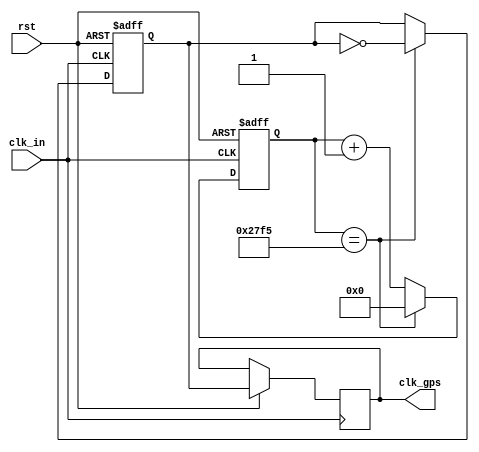
module clk_generater2 (clk_in,rst,clk_gps);

input clk_in;   //1.023MHz 
input rst;
output reg clk_gps; //50Hz 
reg clk_reg;

reg [19:0] count1;

always @ (posedge clk_in or negedge rst)
begin
	if (!rst)
		begin
			count1 <= 0;
			clk_reg <= 0;
		end
		else begin
	if (count1 == 10229)//
		begin
			count1 <= 0;
			clk_reg <= ~clk_reg;
		end
	else begin
			count1 <= count1+20'h1;
			clk_reg <= clk_reg;
	end
	clk_gps <= clk_reg;
	end
end

endmodule